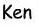
Ken